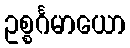
ဥစ္စင်္ဂမာယော